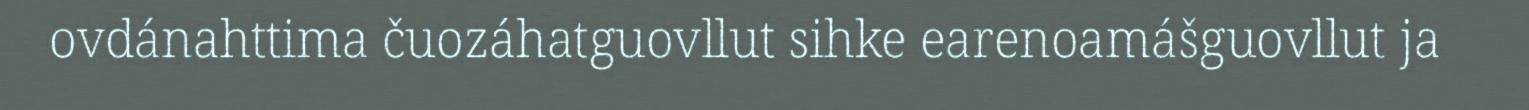
ovdánahttima čuozáhatguovllut sihke earenoamášguovllut ja